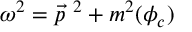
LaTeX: \omega ^ { 2 } = \vec { p } ^ { \ 2 } + m ^ { 2 } ( \phi _ { c } )